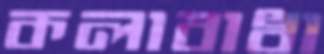
কলাবাধা